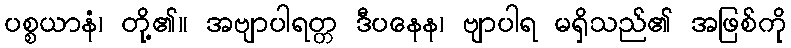
ပစ္စယာနံ၊ တို့၏။ အဗျာပါရတ္တ ဒီပနေန၊ ဗျာပါရ မရှိသည်၏ အဖြစ်ကို